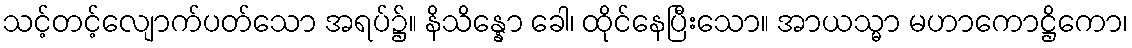
သင့်တင့်လျောက်ပတ်သော အရပ်၌။ နိသိန္နော ခေါ၊ ထိုင်နေပြီးသော။ အာယသ္မာ မဟာကောဋ္ဌိကော၊